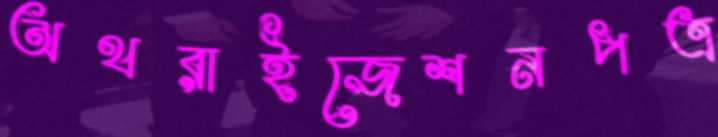
অথরাইজেশনপত্র